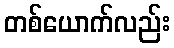
တစ်ယောက်လည်း